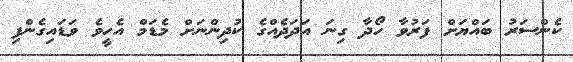
ކެންސަރު ބައްޔަށް ފަރުވާ ހޯދާ ގިނަ އަދަދެއްގެ ކުދިންނަށް މެޑަމް އެހީވެ ވަޑައިގެންފި